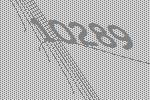
10289